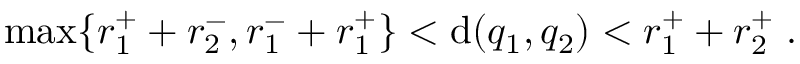
\mathrm { m a x } \{ r _ { 1 } ^ { + } + r _ { 2 } ^ { - } , r _ { 1 } ^ { - } + r _ { 1 } ^ { + } \} < \mathrm { d } ( q _ { 1 } , q _ { 2 } ) < r _ { 1 } ^ { + } + r _ { 2 } ^ { + } \; .